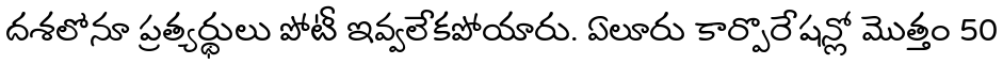
దశలోనూ ప్రత్యర్థులు పోటీ ఇవ్వలేకపోయారు. ఏలూరు కార్పొరేషన్లో మొత్తం 50